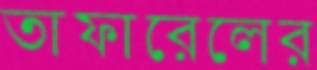
তাফারেলের